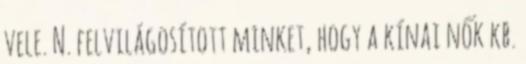
vele. N. felvilágosított minket, hogy a kínai nők kb.